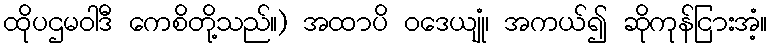
ထိုပဌမဝါဒီ ကေစိတို့သည်။) အထာပိ ဝဒေယျုံ၊ အကယ်၍ ဆိုကုန်ငြားအံ့။